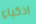
اذكياء